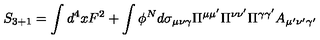
S _ { 3 + 1 } = \int d ^ { 4 } x F ^ { 2 } + \int \phi ^ { N } d \sigma _ { \mu \nu \gamma } \Pi ^ { \mu \mu ^ { \prime } } \Pi ^ { \nu \nu ^ { \prime } } \Pi ^ { \gamma \gamma ^ { \prime } } A _ { \mu ^ { \prime } \nu ^ { \prime } \gamma ^ { \prime } }